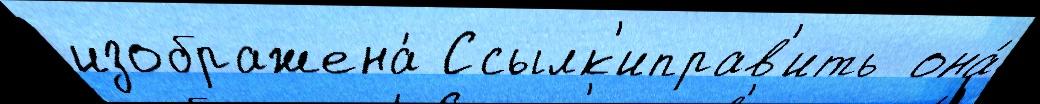
изображена́ Ссылк'иправ'ить  она́